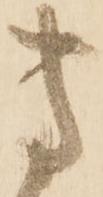
方